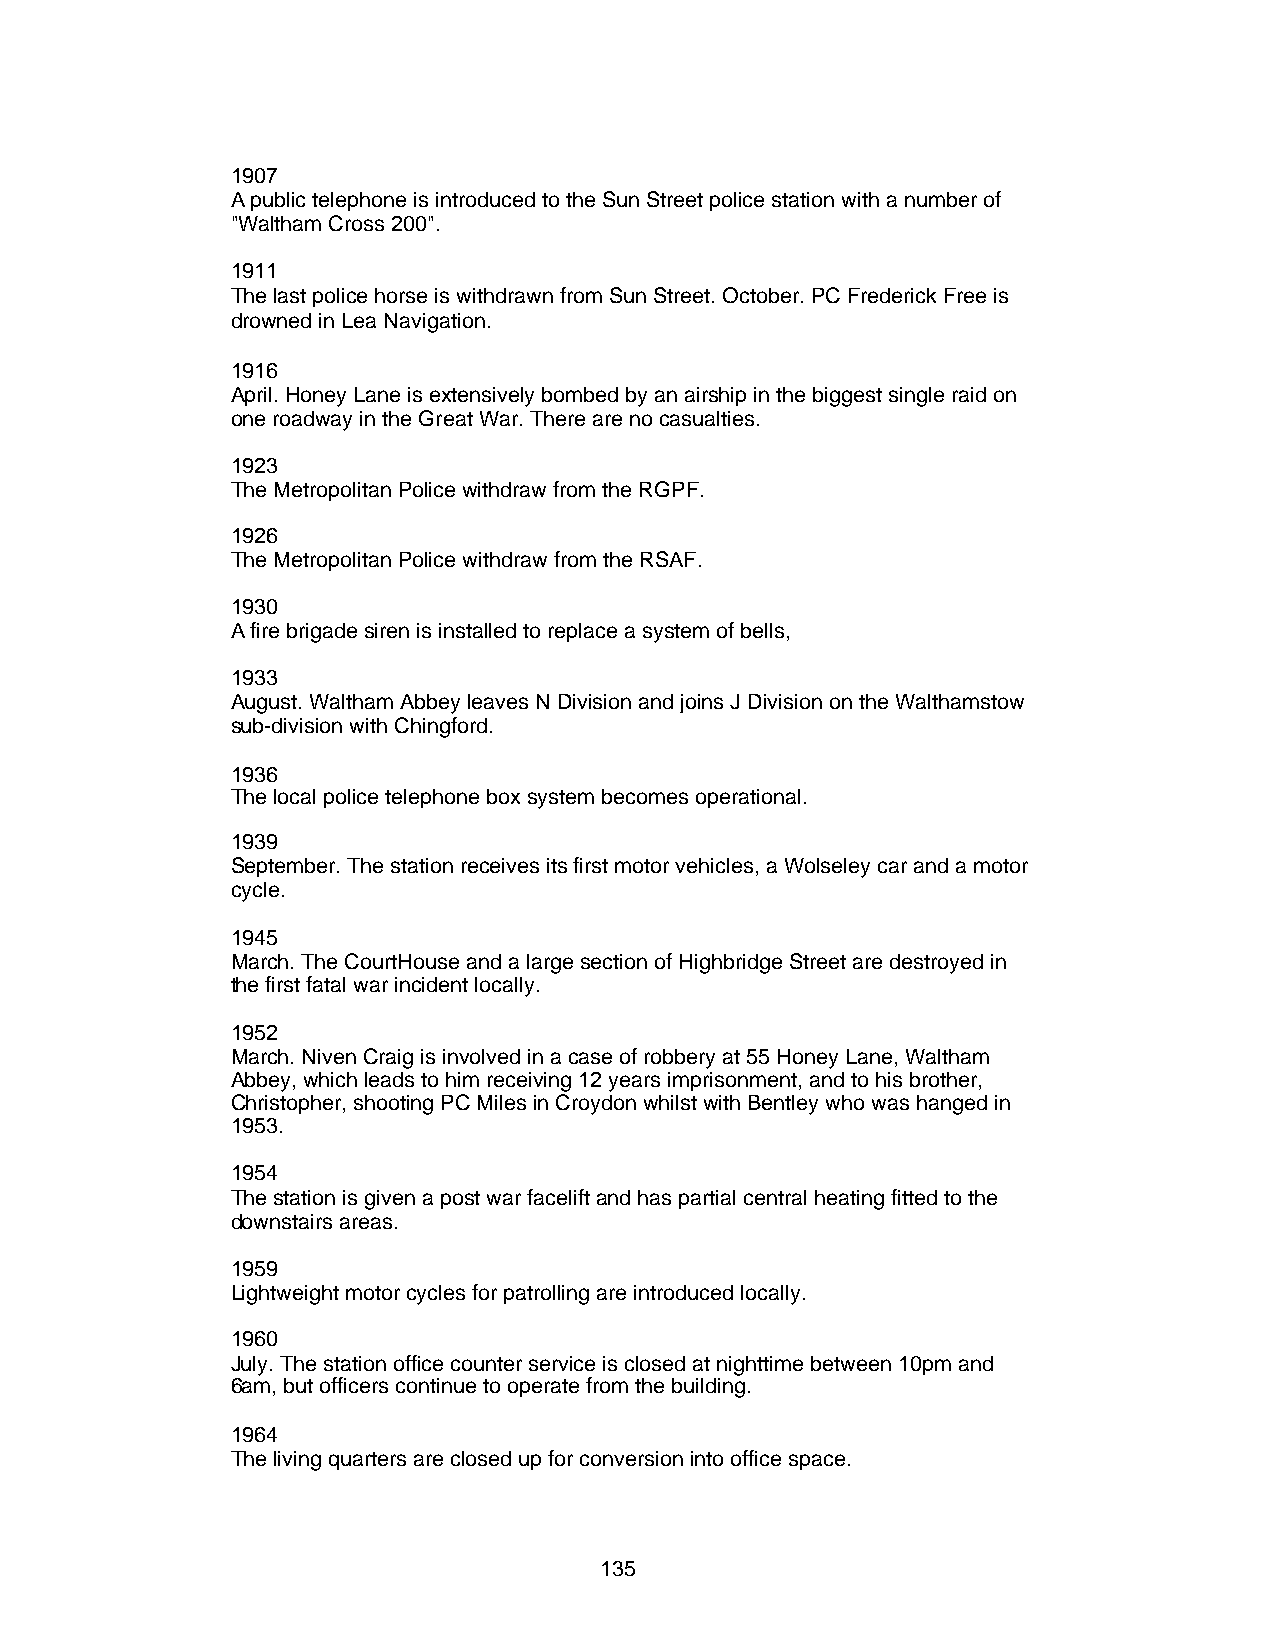
1907
 A public telephone is introduced to the Sun Street police station with a number of
 "Waltham Cross 200".
 1911
 The last police horse is withdrawn from Sun Street. October. PC Frederick Free is
 drowned in Lea Navigation.
 1916
 April. Honey Lane is extensively bombed by an airship in the biggest single raid on
 one roadway in the Great War. There are no casualties.
 1923
 The Metropolitan Police withdraw from the RGPF.
 1926
 The Metropolitan Police withdraw from the RSAF.
 1930
 A fire brigade siren is installed to replace a system of bells,
 1933
 August. Waltham Abbey leaves N Division and joins J Division on the Walthamstow
 sub-division with Chingford.
 1936
 The local police telephone box system becomes operational.
 1939
 September. The station receives its first motor vehicles, a Wolseley car and a motor
 cycle.
 1945
 March. The CourtHouse and a large section of Highbridge Street are destroyed in
 the first fatal war incident locally.
 1952
 March. Niven Craig is involved in a case of robbery at 55 Honey Lane, Waltham
 Abbey, which leads to him receiving 12 years imprisonment, and to his brother,
 Christopher, shooting PC Miles in Croydon whilst with Bentley who was hanged in
 1953.
 1954
 The station is given a post war facelift and has partial central heating fitted to the
 downstairs areas.
 1959
 Lightweight motor cycles for patrolling are introduced locally.
 1960
 July. The station office counter service is closed at nighttime between 10pm and
 6am, but officers continue to operate from the building.
 1964
 The living quarters are closed up for conversion into office space.
 135